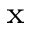
^ \mathrm { x }